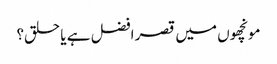
مونچھوں میں قصر افضل ہے یا حلق؟